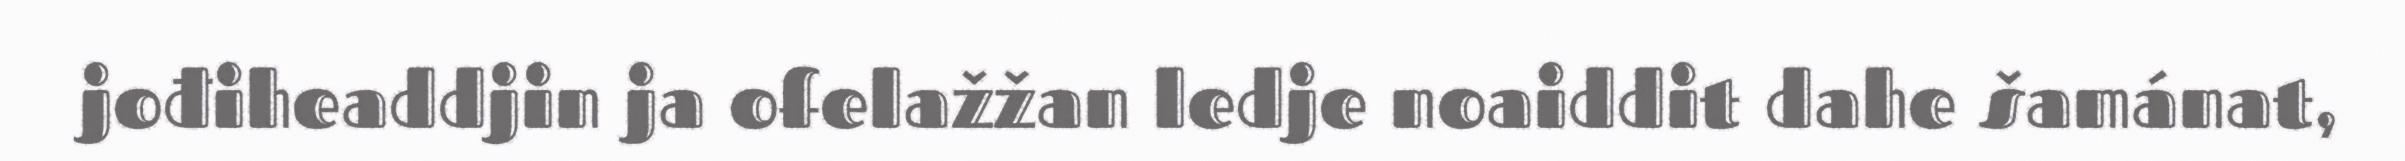
jođiheaddjin ja ofelažžan ledje noaiddit dahe šamánat,